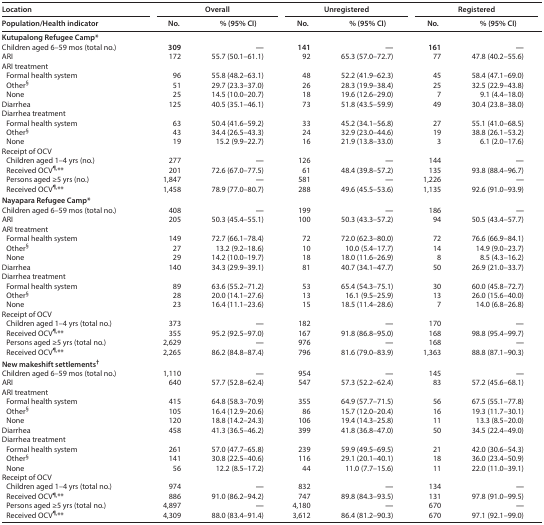
<table><thead><tr><td><b>Location</b></td><td colspan="2"><b>Overall</b></td><td colspan="2"><b>Unregistered</b></td><td colspan="2"><b>Registered</b></td></tr><tr><td><b>Population/Health indicator</b></td><td><b>No.</b></td><td><b>% (95% CI)</b></td><td><b>No.</b></td><td><b>% (95% CI)</b></td><td><b>No.</b></td><td><b>% (95% CI)</b></td></tr></thead><tbody><tr><td colspan="7"><b>Kutupalong Refugee Camp*</b></td></tr><tr><td>Children aged 6–59 mos (total no.)</td><td><b>309</b></td><td><b>—</b></td><td><b>141</b></td><td><b>—</b></td><td><b>161</b></td><td><b>—</b></td></tr><tr><td>ARI</td><td>172</td><td>55.7 (50.1–61.1)</td><td>92</td><td>65.3 (57.0–72.7)</td><td>77</td><td>47.8 (40.2–55.6)</td></tr><tr><td>ARI treatment</td><td colspan="2"></td><td colspan="2"></td><td colspan="2"></td></tr><tr><td>Formal health system</td><td>96</td><td>55.8 (48.2–63.1)</td><td>48</td><td>52.2 (41.9–62.3)</td><td>45</td><td>58.4 (47.1–69.0)</td></tr><tr><td>Other<sup>§</sup></td><td>51</td><td>29.7 (23.3–37.0)</td><td>26</td><td>28.3 (19.9–38.4)</td><td>25</td><td>32.5 (22.9–43.8)</td></tr><tr><td>None</td><td>25</td><td>14.5 (10.0–20.7)</td><td>18</td><td>19.6 (12.6–29.0)</td><td>7</td><td>9.1 (4.4–18.0)</td></tr><tr><td>Diarrhea</td><td>125</td><td>40.5 (35.1–46.1)</td><td>73</td><td>51.8 (43.5–59.9)</td><td>49</td><td>30.4 (23.8–38.0)</td></tr><tr><td colspan="7">Diarrhea treatment</td></tr><tr><td>Formal health system</td><td>63</td><td>50.4 (41.6–59.2)</td><td>33</td><td>45.2 (34.1–56.8)</td><td>27</td><td>55.1 (41.0–68.5)</td></tr><tr><td>Other<sup>§</sup></td><td>43</td><td>34.4 (26.5–43.3)</td><td>24</td><td>32.9 (23.0–44.6)</td><td>19</td><td>38.8 (26.1–53.2)</td></tr><tr><td>None</td><td>19</td><td>15.2 (9.9–22.7)</td><td>16</td><td>21.9 (13.8–33.0)</td><td>3</td><td>6.1 (2.0–17.6)</td></tr><tr><td colspan="7">Receipt of OCV</td></tr><tr><td>Children aged 1–4 yrs (no.)</td><td>277</td><td><b>—</b></td><td>126</td><td><b>—</b></td><td>144</td><td><b>—</b></td></tr><tr><td>Received OCV<sup>¶,</sup>**</td><td>201</td><td>72.6 (67.0–77.5)</td><td>61</td><td>48.4 (39.8–57.2)</td><td>135</td><td>93.8 (88.4–96.7)</td></tr><tr><td>Persons aged ≥5 yrs (no.)</td><td>1,847</td><td><b>—</b></td><td>581</td><td><b>—</b></td><td>1,226</td><td><b>—</b></td></tr><tr><td>Received OCV<sup>¶,</sup>**</td><td>1,458</td><td>78.9 (77.0–80.7)</td><td>288</td><td>49.6 (45.5–53.6)</td><td>1,135</td><td>92.6 (91.0–93.9)</td></tr><tr><td colspan="7"><b>Nayapara Refugee Camp*</b></td></tr><tr><td>Children aged 6–59 mos (total no.)</td><td>408</td><td><b>—</b></td><td>199</td><td><b>—</b></td><td>186</td><td><b>—</b></td></tr><tr><td>ARI</td><td>205</td><td>50.3 (45.4–55.1)</td><td>100</td><td>50.3 (43.3–57.2)</td><td>94</td><td>50.5 (43.4–57.7)</td></tr><tr><td colspan="7">ARI treatment</td></tr><tr><td>Formal health system</td><td>149</td><td>72.7 (66.1–78.4)</td><td>72</td><td>72.0 (62.3–80.0)</td><td>72</td><td>76.6 (66.9–84.1)</td></tr><tr><td>Other<sup>§</sup></td><td>27</td><td>13.2 (9.2–18.6)</td><td>10</td><td>10.0 (5.4–17.7)</td><td>14</td><td>14.9 (9.0–23.7)</td></tr><tr><td>None</td><td>29</td><td>14.2 (10.0–19.7)</td><td>18</td><td>18.0 (11.6–26.9)</td><td>8</td><td>8.5 (4.3–16.2)</td></tr><tr><td>Diarrhea</td><td>140</td><td>34.3 (29.9–39.1)</td><td>81</td><td>40.7 (34.1–47.7)</td><td>50</td><td>26.9 (21.0–33.7)</td></tr><tr><td colspan="7">Diarrhea treatment</td></tr><tr><td>Formal health system</td><td>89</td><td>63.6 (55.2–71.2)</td><td>53</td><td>65.4 (54.3–75.1)</td><td>30</td><td>60.0 (45.8–72.7)</td></tr><tr><td>Other<sup>§</sup></td><td>28</td><td>20.0 (14.1–27.6)</td><td>13</td><td>16.1 (9.5–25.9)</td><td>13</td><td>26.0 (15.6–40.0)</td></tr><tr><td>None</td><td>23</td><td>16.4 (11.1–23.6)</td><td>15</td><td>18.5 (11.4–28.6)</td><td>7</td><td>14.0 (6.8–26.8)</td></tr><tr><td colspan="7">Receipt of OCV</td></tr><tr><td>Children aged 1–4 yrs (total no.)</td><td>373</td><td><b>—</b></td><td>182</td><td><b>—</b></td><td>170</td><td><b>—</b></td></tr><tr><td>Received OCV<sup>¶,</sup>**</td><td>355</td><td>95.2 (92.5–97.0)</td><td>167</td><td>91.8 (86.8–95.0)</td><td>168</td><td>98.8 (95.4–99.7)</td></tr><tr><td>Persons aged ≥5 yrs (total no.)</td><td>2,629</td><td><b>—</b></td><td>976</td><td><b>—</b></td><td>168</td><td><b>—</b></td></tr><tr><td>Received OCV<sup>¶,</sup>**</td><td>2,265</td><td>86.2 (84.8–87.4)</td><td>796</td><td>81.6 (79.0–83.9)</td><td>1,363</td><td>88.8 (87.1–90.3)</td></tr><tr><td colspan="7"><b>New makeshift settlements<sup>†</sup></b></td></tr><tr><td>Children aged 6–59 mos (total no.)</td><td>1,110</td><td><b>—</b></td><td>954</td><td><b>—</b></td><td>145</td><td><b>—</b></td></tr><tr><td>ARI</td><td>640</td><td>57.7 (52.8–62.4)</td><td>547</td><td>57.3 (52.2–62.4)</td><td>83</td><td>57.2 (45.6–68.1)</td></tr><tr><td colspan="7">ARI treatment</td></tr><tr><td>Formal health system</td><td>415</td><td>64.8 (58.3–70.9)</td><td>355</td><td>64.9 (57.7–71.5)</td><td>56</td><td>67.5 (55.1–77.8)</td></tr><tr><td>Other<sup>§</sup></td><td>105</td><td>16.4 (12.9–20.6)</td><td>86</td><td>15.7 (12.0–20.4)</td><td>16</td><td>19.3 (11.7–30.1)</td></tr><tr><td>None</td><td>120</td><td>18.8 (14.2–24.3)</td><td>106</td><td>19.4 (14.3–25.8)</td><td>11</td><td>13.3 (8.5–20.0)</td></tr><tr><td>Diarrhea</td><td>458</td><td>41.3 (36.5–46.2)</td><td>399</td><td>41.8 (36.8–47.0)</td><td>50</td><td>34.5 (22.4–49.0)</td></tr><tr><td colspan="7">Diarrhea treatment</td></tr><tr><td>Formal health system</td><td>261</td><td>57.0 (47.7–65.8)</td><td>239</td><td>59.9 (49.5–69.5)</td><td>21</td><td>42.0 (30.6–54.3)</td></tr><tr><td>Other<sup>§</sup></td><td>141</td><td>30.8 (22.5–40.6)</td><td>116</td><td>29.1 (20.1–40.1)</td><td>18</td><td>36.0 (23.4–50.9)</td></tr><tr><td>None</td><td>56</td><td>12.2 (8.5–17.2)</td><td>44</td><td>11.0 (7.7–15.6)</td><td>11</td><td>22.0 (11.0–39.1)</td></tr><tr><td colspan="7">Receipt of OCV</td></tr><tr><td>Children aged 1–4 yrs (total no.)</td><td>974</td><td><b>—</b></td><td>832</td><td><b>—</b></td><td>134</td><td><b>—</b></td></tr><tr><td>Received OCV<sup>¶,</sup>**</td><td>886</td><td>91.0 (86.2–94.2)</td><td>747</td><td>89.8 (84.3–93.5)</td><td>131</td><td>97.8 (91.0–99.5)</td></tr><tr><td>Persons aged ≥5 yrs (total no.)</td><td>4,897</td><td><b>—</b></td><td>4,180</td><td><b>—</b></td><td>670</td><td><b>—</b></td></tr><tr><td>Received OCV<sup>¶,</sup>**</td><td>4,309</td><td>88.0 (83.4–91.4)</td><td>3,612</td><td>86.4 (81.2–90.3)</td><td>670</td><td>97.1 (92.1–99.0)</td></tr></tbody></table>